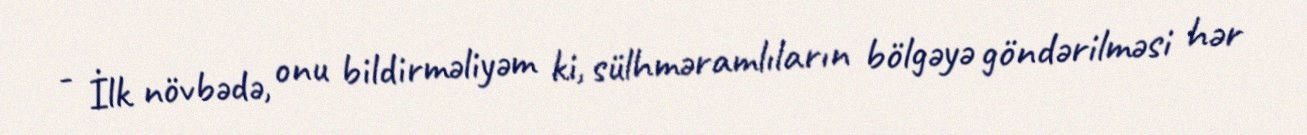
- İlk növbədə, onu bildirməliyəm ki, sülhməramlıların bölgəyə göndərilməsi hər